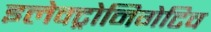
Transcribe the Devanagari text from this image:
इलेक्ट्रोनिगेटिव